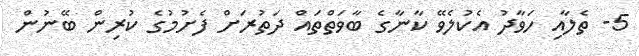
5- ތެލާއި ހަވާދު އެކުލެވޭ ކާނާގެ ބާވަތްތައް ދަތުރަށް ފެށުމުގެ ކުރިން ބޭނުން